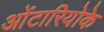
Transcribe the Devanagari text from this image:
ओंटारियोके